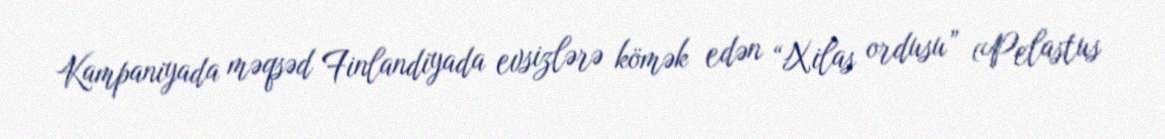
Kampaniyada məqsəd Finlandiyada evsizlərə kömək edən “Xilas ordusu” (Pelastus